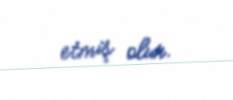
etmiş olur.